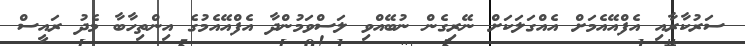
ސަރުކާރާއި އެފްއޭއެމަށް އެއްގަލަކަށް ނޭރިގެން ނުބޭއްވި ލަސްވަމުންދާ އެފްއޭއެމުގެ އިންތިހާބާ މެދު ރައީސް